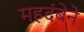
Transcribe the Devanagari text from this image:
महदंबेने